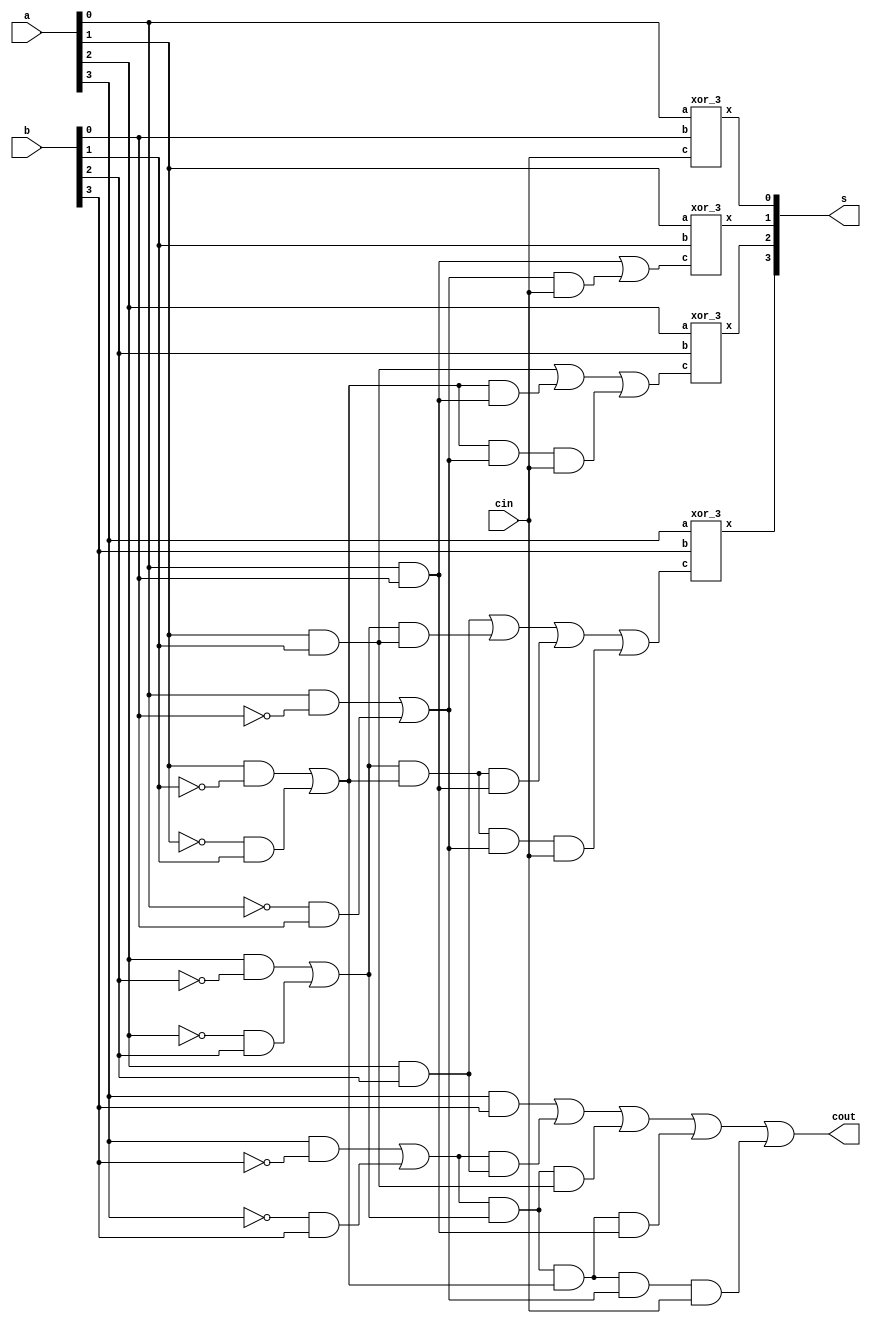
`timescale 1ns / 1ps
//////////////////////////////////////////////////////////////////////////////////
// Company: 
// Engineer: 
// 
// Design Name: 
// Module Name: carry_look_ahead_adder_4
// Project Name: 
// Target Devices: 
// Tool Versions: 
// Description: 
// 
// Dependencies: 
// 
// Revision:
// Revision 0.01 - File Created
// Additional Comments:
// 
//////////////////////////////////////////////////////////////////////////////////


module carry_look_ahead_adder_4(
    input [3:0] a,
    input [3:0] b,
    input cin,
    output [3:0] s,
    output cout
    );
    
    
    wire [3:0] g;
    wire [3:0] p;
    wire [4:0] c;
    //get g
    assign g[0]=a[0]&b[0];
    assign g[1]=a[1]&b[1];
    assign g[2]=a[2]&b[2];
    assign g[3]=a[3]&b[3];
    
    //get p
//    xor_2 x20(a[0],b[0],p[0]);
//    xor_2 x21(a[1],b[1],p[1]);
//    xor_2 x22(a[2],b[2],p[2]);
//    xor_2 x23(a[3],b[3],p[3]);
    assign p[0]=a[0]&~b[0] | ~a[0]&b[0];
    assign p[1]=a[1]&~b[1] | ~a[1]&b[1];
    assign p[2]=a[2]&~b[2] | ~a[2]&b[2];
    assign p[3]=a[3]&~b[3] | ~a[3]&b[3];
    
    //get c
    assign c[0]=cin;
    assign c[1]=g[0]|p[0]&c[0];
    assign c[2]=g[1]|p[1]&g[0]|p[1]&p[0]&c[0];
    assign c[3]=g[2]|p[2]&g[1]|p[2]&p[1]&g[0]|p[2]&p[1]&p[0]&c[0];
    assign c[4]=g[3]|p[3]&g[2]|p[3]&p[2]&g[1]|p[3]&p[2]&p[1]&g[0]|p[3]&p[2]&p[1]&p[0]&c[0];
    assign cout=c[4];
    //get s
    xor_3 x30(a[0],b[0],c[0],s[0]);
    xor_3 x31(a[1],b[1],c[1],s[1]);
    xor_3 x32(a[2],b[2],c[2],s[2]);
    xor_3 x33(a[3],b[3],c[3],s[3]);
//    assign s[0]=a[0]&b[0]&c[0] | ~a[0]&~b[0]&c[0] | ~a[0]&b[0]&~c[0] | a[0]&~b[0]&~c[0];
//    assign s[1]=a[1]&b[1]&c[1] | ~a[1]&~b[1]&c[1] | ~a[1]&b[1]&~c[1] | a[1]&~b[1]&~c[1];
//    assign s[2]=a[2]&b[2]&c[2] | ~a[2]&~b[2]&c[2] | ~a[2]&b[2]&~c[2] | a[2]&~b[2]&~c[2];
//    assign s[3]=a[3]&b[3]&c[3] | ~a[3]&~b[3]&c[3] | ~a[3]&b[3]&~c[3] | a[3]&~b[3]&~c[3];
    
endmodule

module xor_2(
    input a,
    input b,
    output x
    );
    
    assign x=a&~b|~a&b;
    
endmodule

module xor_3(
    input a,
    input b,
    input c,
    output x
    );
    
    assign x=a&b&c | ~a&~b&c | ~a&b&~c | a&~b&~c;
    
endmodule